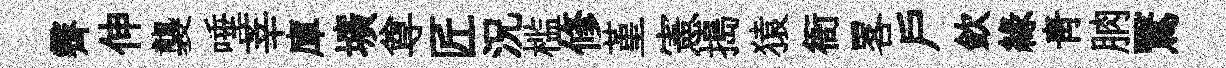
霽伸襲唾莘庫壙尊匠況槛修堇憲搗猿衙畧戸欽縁青朒鷖